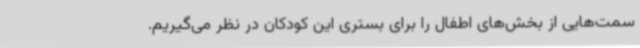
سمت‌هایی از بخش‌های اطفال را برای بستری این کودکان در نظر می‌گیریم.